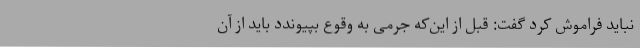
نباید فراموش کرد گفت: قبل از این‌که جرمی به وقوع بپیوندد باید از آن